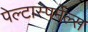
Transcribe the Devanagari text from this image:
पेल्टास्पर्मेल्स